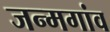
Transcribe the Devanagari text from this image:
जन्मगांव